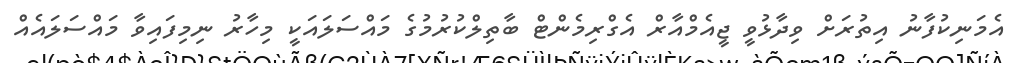
އެމަނިކުފާނު އިތުރަށް ވިދާޅުވީ ޖީއެމްއާރް އެގްރިމެންޓް ބާތިލްކުރުމުގެ މައްސަލައަކީ މިހާރު ނިމިފައިވާ މައްސަލައެއް